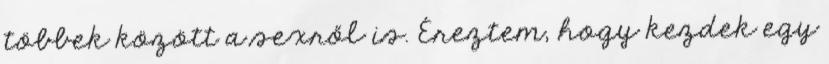
többek között a sexről is. Éreztem, hogy kezdek egy